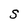
Character: S